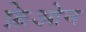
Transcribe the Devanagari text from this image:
फ्रेओन